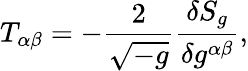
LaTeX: T_{\alpha\beta}=-{\frac{2}{\sqrt{-g}}}{\frac{\delta S_{g}}{\delta g^{\alpha\beta}}},